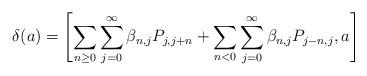
LaTeX: \begin{align*}\delta(a)=\left[\sum_{n\ge0}\sum_{j=0}^\infty \beta_{n,j}P_{j,j+n} + \sum_{n<0}\sum_{j=0}^\infty \beta_{n,j}P_{j-n,j},a\right]\end{align*}